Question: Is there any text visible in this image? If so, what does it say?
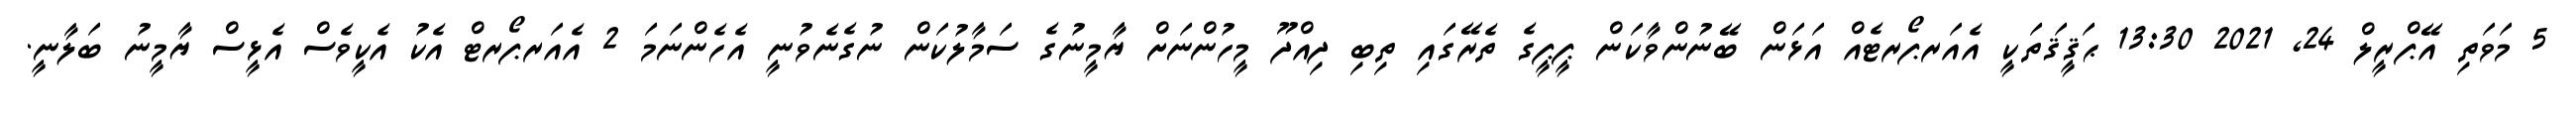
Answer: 5 މަވަތި އޭޕްރީލް 24, 2021 13:30 ޙަޤީޤަތަކީ އެއަރޕޯރޓެއް އަޅަން ބޭނުންވާކަން ޕީޕީގެ ތެރޭގައި ތިބި ދިއްދޫ މީހުންނަށް ޔާމީނުގެ ސަމާލުކަން ނުގެނެވުނީ އެހެންނަމަ 2 އެއަރޕޯރޓް އެކު އެކީވެސް އެޅީސް ޔާމީނު ބަލާނީ.